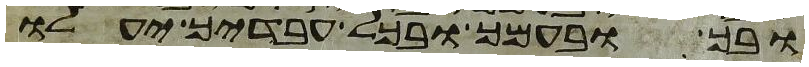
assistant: ובך ובעמך ובכל עבדיך יעלו